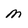
Character: M